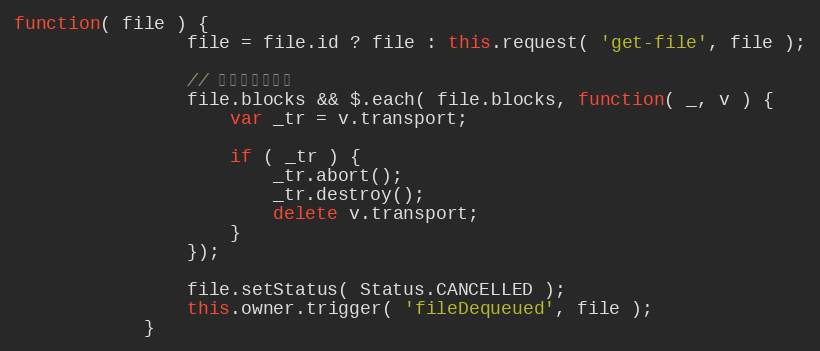
Language: JavaScript
function( file ) {
                file = file.id ? file : this.request( 'get-file', file );

                // 如果正在上传。
                file.blocks && $.each( file.blocks, function( _, v ) {
                    var _tr = v.transport;

                    if ( _tr ) {
                        _tr.abort();
                        _tr.destroy();
                        delete v.transport;
                    }
                });

                file.setStatus( Status.CANCELLED );
                this.owner.trigger( 'fileDequeued', file );
            }